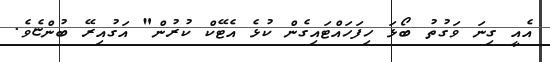
އެއީ ގިނަ ވަގުތު ބޯޅަ ހިފަހައްޓައިގެން ކުޅެ އެޓޭކް ކުރުން" އަގުއިރޭ ބުންޏެވެ.